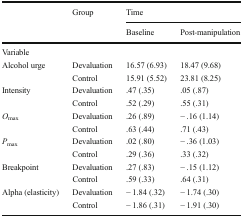
<table><thead><tr><td></td><td><b>Group</b></td><td colspan="2"><b>Time</b></td></tr><tr><td></td><td></td><td><b>Baseline</b></td><td><b>Post-manipulation</b></td></tr></thead><tbody><tr><td colspan="4">Variable</td></tr><tr><td rowspan="2">Alcohol urge</td><td>Devaluation</td><td>16.57 (6.93)</td><td>18.47 (9.68)</td></tr><tr><td>Control</td><td>15.91 (5.52)</td><td>23.81 (8.25)</td></tr><tr><td rowspan="2">Intensity</td><td>Devaluation</td><td>.47 (.35)</td><td>.05 (.87)</td></tr><tr><td>Control</td><td>.52 (.29)</td><td>.55 (.31)</td></tr><tr><td rowspan="2"><i>O</i><sub>max</sub></td><td>Devaluation</td><td>.26 (.89)</td><td>− .16 (1.14)</td></tr><tr><td>Control</td><td>.63 (.44)</td><td>.71 (.43)</td></tr><tr><td rowspan="2"><i>P</i><sub>max</sub></td><td>Devaluation</td><td>.02 (.80)</td><td>− .36 (1.03)</td></tr><tr><td>Control</td><td>.29 (.36)</td><td>.33 (.32)</td></tr><tr><td rowspan="2">Breakpoint</td><td>Devaluation</td><td>.27 (.83)</td><td>− .15 (1.12)</td></tr><tr><td>Control</td><td>.59 (.33)</td><td>.64 (.31)</td></tr><tr><td rowspan="2">Alpha (elasticity)</td><td>Devaluation</td><td>− 1.84 (.32)</td><td>− 1.74 (.30)</td></tr><tr><td>Control</td><td>− 1.86 (.31)</td><td>− 1.91 (.30)</td></tr></tbody></table>